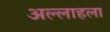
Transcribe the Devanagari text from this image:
अल्लाहला